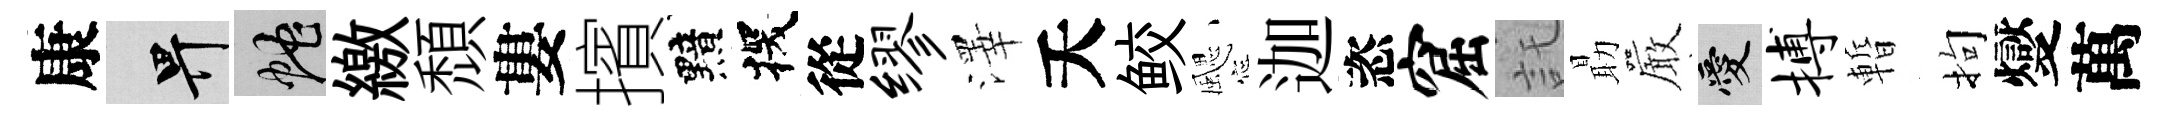
康畀蛇繳頹婁擯黯探從缪澤夭鲛颸迦恣窟託朂巖愛搏暫拘燮萬